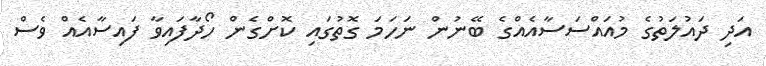
އަދި ދައުލަތުގެ މުއައްސަސާއެއްގެ ބޭނުން ނަހަމަ ގޮތުގައި ކޮށްގެން ހޯދާފައިވާ ފައިސާއެއް ވެސް